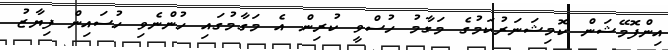
އިންފޮމޭޝަން ކޮމިޝަނަރުކަމުގެ މަގާމު ހުސްވީ ކުރިން އެ މަގާމުގައި ހުންނެވި ހުސައިން ފިޔާޒު